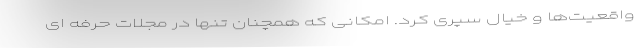
واقعیت‌ها و خیال سپری کرد. امکانی که همچنان تنها در مجلات حرفه ای